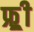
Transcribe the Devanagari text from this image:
फ्र्र्र्री